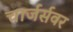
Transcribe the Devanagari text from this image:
चार्जर्सवर